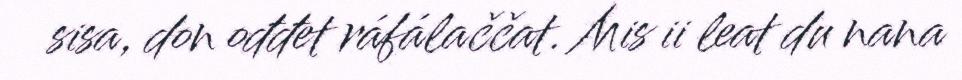
sisa, don ođđet ráfálaččat. Mis ii leat du nana